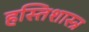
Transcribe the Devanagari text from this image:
हस्तिशास्त्र